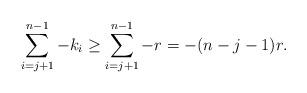
LaTeX: \begin{align*}\sum\limits_{i =j+1}^{n-1}-k_i \geq \sum\limits_{i =j +1}^{n-1} -r = -(n-j-1)r.\end{align*}